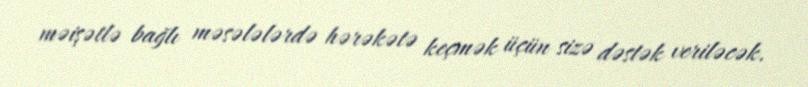
məişətlə bağlı məsələlərdə hərəkətə keçmək üçün sizə dəstək veriləcək.